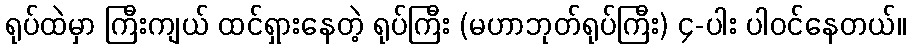
ရုပ်ထဲမှာ ကြီးကျယ် ထင်ရှားနေတဲ့ ရုပ်ကြီး (မဟာဘုတ်ရုပ်ကြီး) ၄-ပါး ပါဝင်နေတယ်။